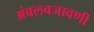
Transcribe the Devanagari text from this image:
अंबलबजावणी